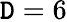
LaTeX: \mathtt{D}=6